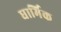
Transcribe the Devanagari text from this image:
धार्मिक